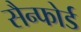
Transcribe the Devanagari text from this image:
सैन्फोर्ड